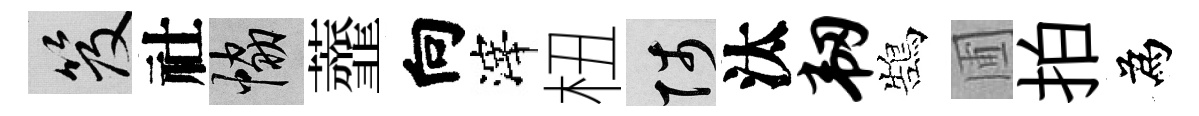
笈社協虀向滓杻陟汰韧鵠圃拍為